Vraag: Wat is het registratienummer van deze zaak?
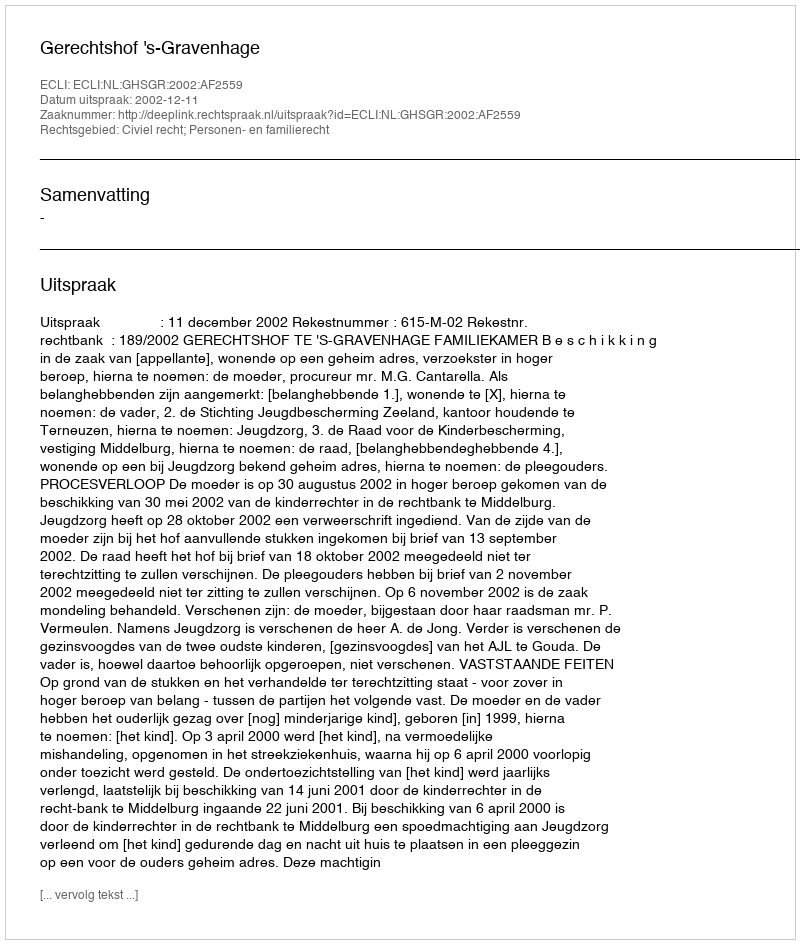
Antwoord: http://deeplink.rechtspraak.nl/uitspraak?id=ECLI:NL:GHSGR:2002:AF2559